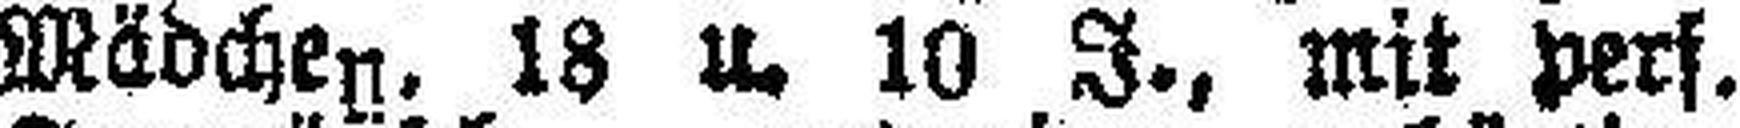
Mädchen, 18 u. 10 J., mit pers.